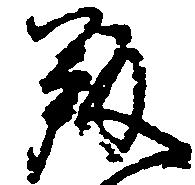
叛